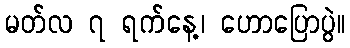
မတ်လ ၇ ရက်နေ့၊ ဟောပြောပွဲ။